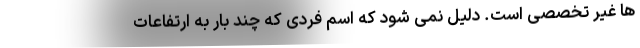
ها غیر تخصصی است. دلیل نمی شود که اسم فردی که چند بار به ارتفاعات